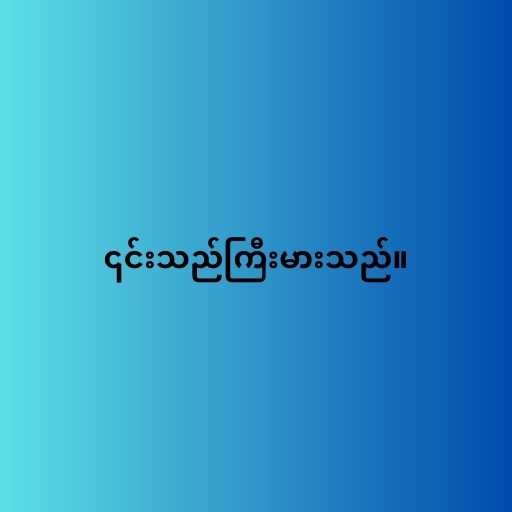
၎င်းသည်ကြီးမားသည်။